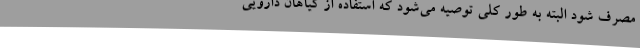
مصرف شود البته به طور کلی توصیه می‌شود که استفاده از گیاهان دارویی